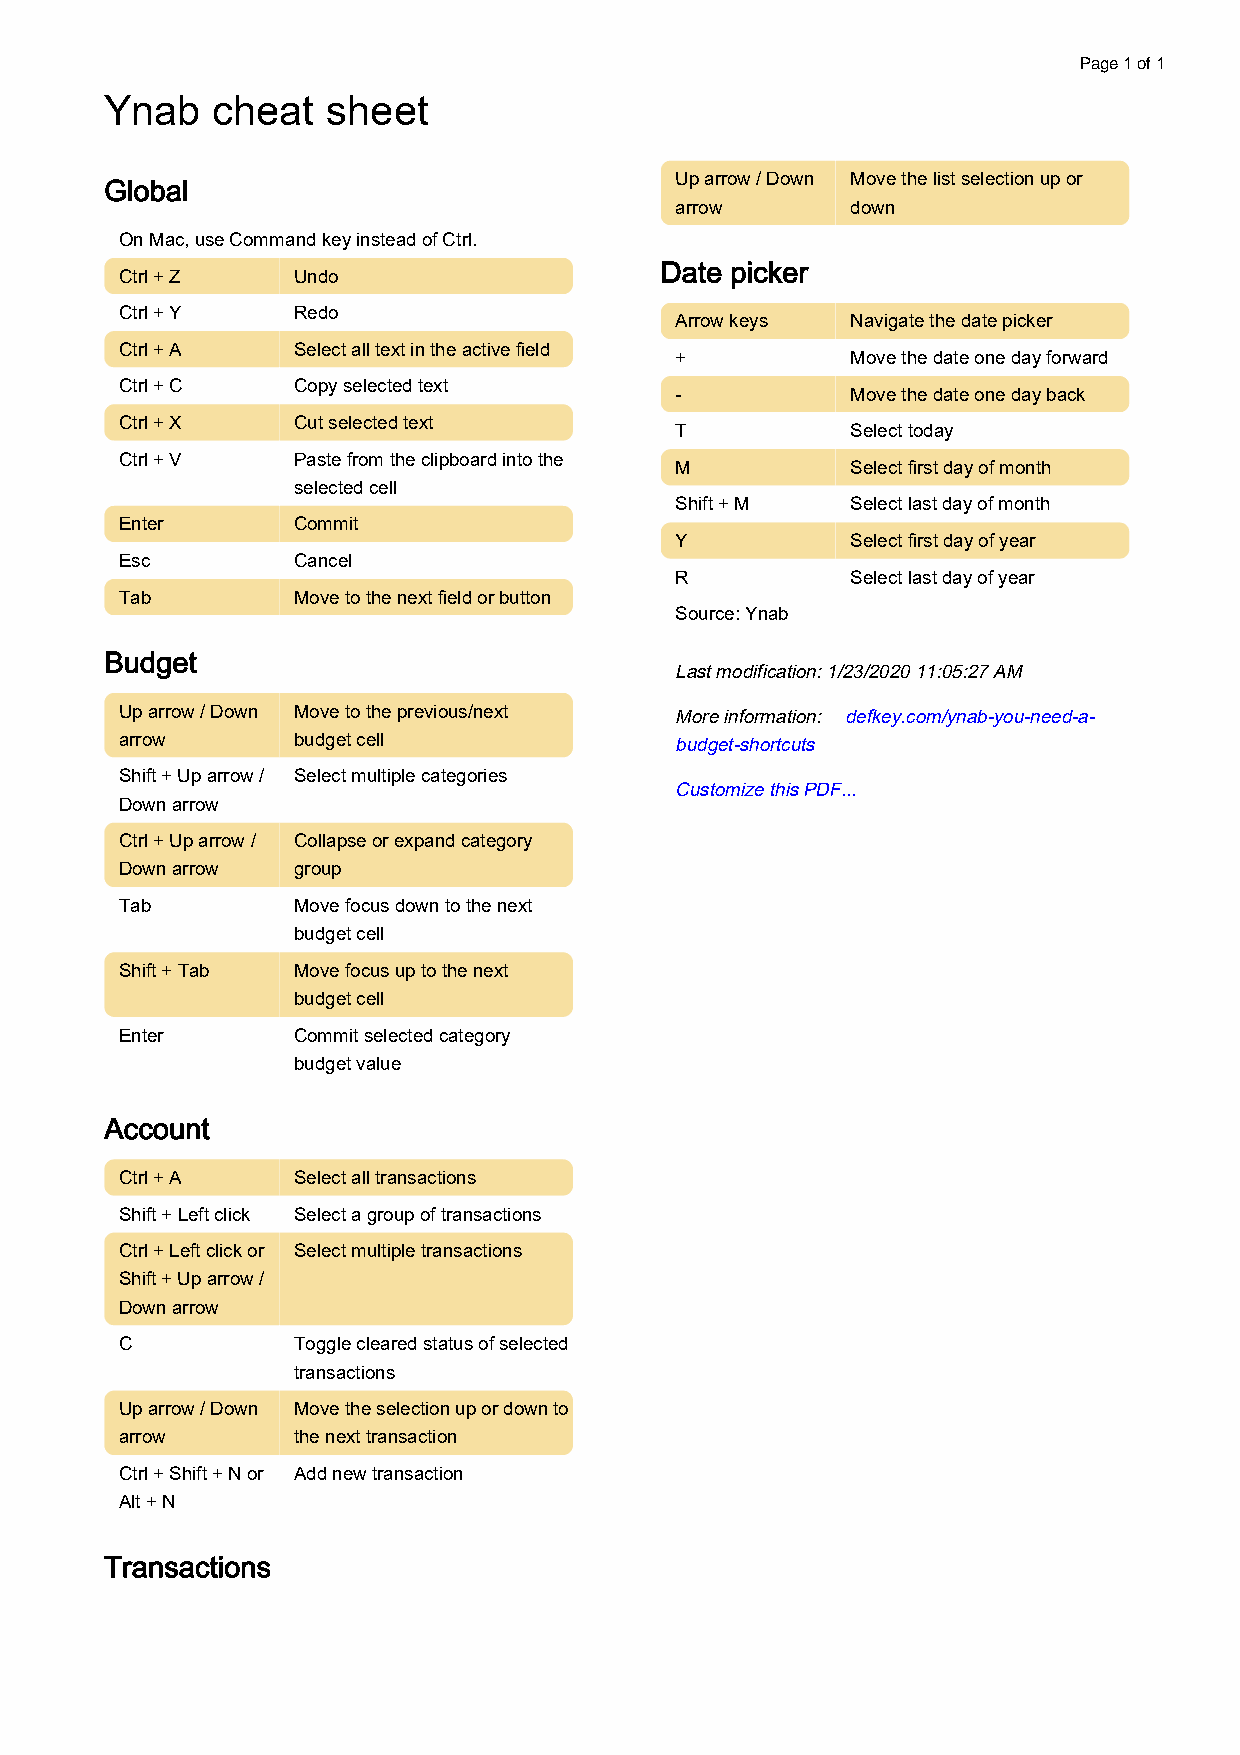
Page 1 of 1
 Ynab   cheat   sheet
 Up arrow / Down Move the list selection up or
 Global
 arrow      down
 On Mac, use Command key instead of Ctrl.
 Date picker
 Ctrl + Z   Undo
 Ctrl + Y   Redo
 Arrow keys Navigate the date picker
 Ctrl + A   Select all text in the active field
 +          Move the date one day forward
 Ctrl + C   Copy selected text
 -          Move the date one day back
 Ctrl + X   Cut selected text
 T          Select today
 Ctrl + V   Paste from the clipboard into the
 M          Select first day of month
 selected cell
 Shift + M  Select last day of month
 Enter      Commit
 Y          Select first day of year
 Esc        Cancel
 R          Select last day of year
 Tab        Move to the next field or button
 Source: Ynab
 Budget
 Last modification: 1/23/2020 11:05:27 AM
 Up arrow / Down Move to the previous/next More information: defkey.com/ynab-you-need-a-
 arrow      budget cell               budget-shortcuts
 Shift + Up arrow / Select multiple categories
 Customize this PDF...
 Down arrow
 Ctrl + Up arrow / Collapse or expand category
 Down arrow group
 Tab        Move focus down to the next
 budget cell
 Shift + Tab Move focus up to the next
 budget cell
 Enter      Commit selected category
 budget value
 Account
 Ctrl + A   Select all transactions
 Shift + Left click Select a group of transactions
 Ctrl + Left click or Select multiple transactions
 Shift + Up arrow /
 Down arrow
 C          Toggle cleared status of selected
 transactions
 Up arrow / Down Move the selection up or down to
 arrow      the next transaction
 Ctrl + Shift + N or Add new transaction
 Alt + N
 Transactions